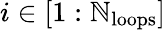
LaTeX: i\in\left[1:\mathbb{N}_{\mathrm{{loops}}}\right]